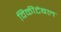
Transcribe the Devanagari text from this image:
विकीटेबल